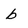
Character: b